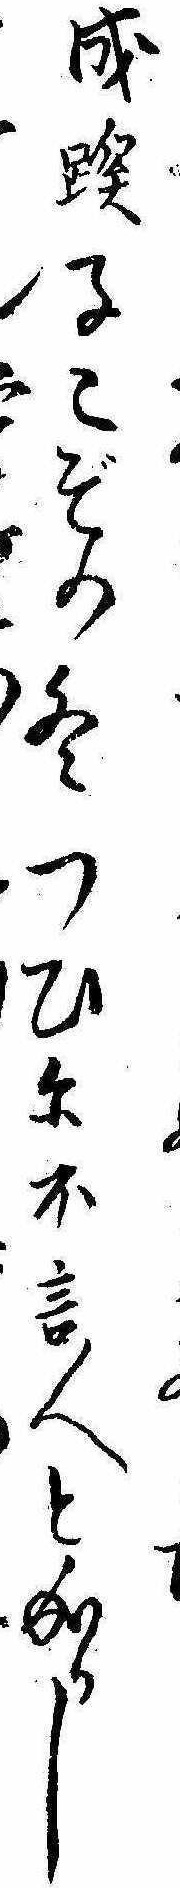
成蹊子こぞの冬つひに不言人と成りし